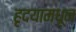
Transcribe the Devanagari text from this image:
हृदयामधून